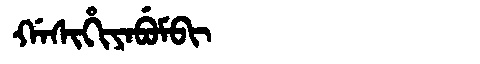
Manchu: ᡤᠠᠰᡳᡥᡳᠶᠠᠪᡠᠮᠪᡳ
Romanization: GASIHIYABUMBI